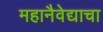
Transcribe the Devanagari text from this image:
महानैवेद्याचा